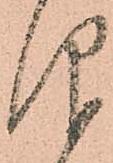
仰